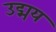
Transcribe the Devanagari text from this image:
उद्मय